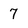
Character: 7